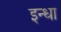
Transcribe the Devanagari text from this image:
इन्धा